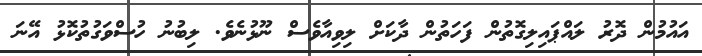
އައުމުން ދޮރު ލައްޕައިލިގޮތުން ފަހަތުން ދާކަށް ލިވިއާވެސް ނޫޅުނެވެ. ލިބުނު ހުސްވަގުތުކޮޅު އޭނަ